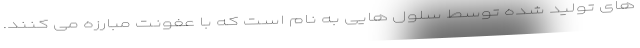
های تولید شده توسط سلول هایی به نام است که با عفونت مبارزه می کنند.